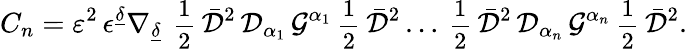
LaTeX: C_{n}={\cal{\varepsilon}}^{2}\, \epsilon^{\underline{{{\delta}}}}\nabla_{\underline{{{\delta}}}}\, {\mathrm{\small{~\frac 12~}}}\bar{\cal D}^{2}\, {\cal D}_{\alpha_{1}}\, {\cal G}^{\alpha_{1}}{\mathrm{\small{~\frac 12~}}}\bar{\cal D}^{2}\ldots{\mathrm{\small{~\frac 12~}}}\bar{\cal D}^{2}\, {\cal D}_{\alpha_{n}}\, {\cal G}^{\alpha_{n}}{\mathrm{\small{~\frac 12~}}}\bar{\cal D}^{2}.